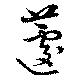
蘧